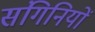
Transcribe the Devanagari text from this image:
संगिनियों